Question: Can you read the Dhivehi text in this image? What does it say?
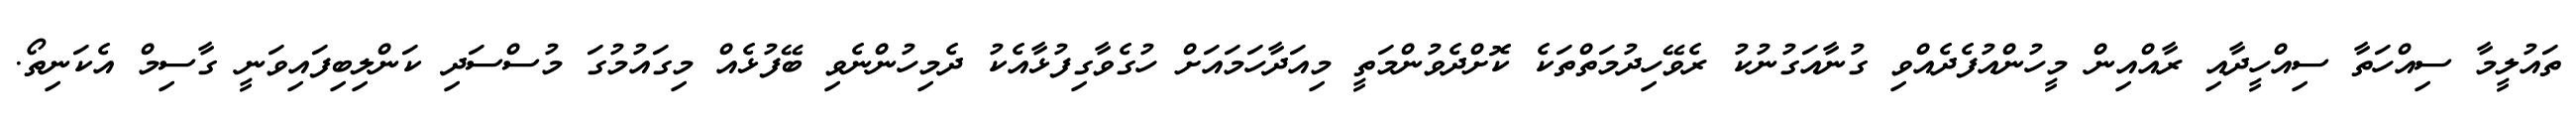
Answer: ތައުލީމާ ސިއްހަތާ ސިއްހީދާއި ރާއްއިން މީހުންއުފެދެއްވި ގުނާއަގުނުކު ރެވޭހިދުމަތްތަކެ ކޮށްދެވުންމަތީ މިއަދާހަމައަށް ހުގެވާގިފުޅާއެކު ދެމިހުންނެވި ބޭފުޅެއް މިގައުމުގަ މުސްސަދި ކަންލިބިފައިވަނީ ގާސިމް އެކަނިތޯ.